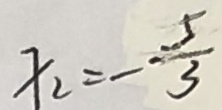
x _ { 2 } = - \frac { 5 } { 3 }